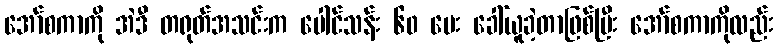
အော်စကာကို အဲဒီ တရုတ်အသင်းက ပေါင်သန်း ၆၀ ပေး ခေါ်ယူခဲ့တာဖြစ်ပြီး အော်စကာကိုလည်း